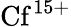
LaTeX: {\mathrm{Cf}}^{15+}